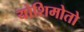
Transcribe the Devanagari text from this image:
योशिमोतो